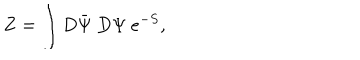
Z = \int D \bar { \Psi } ~ D \Psi ~ e ^ { - S } ,